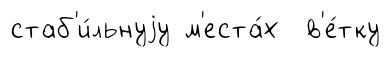
стаб'и́льнуjу м'еста́х в'е́тку